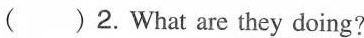
( ) 2.What are they doing?